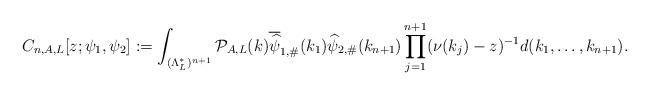
LaTeX: \begin{align*} C_{n,A,L}[z; \psi_1, \psi_2] & := \int_{(\Lambda_L^*)^{n+1}} \mathcal{P}_{A,L}(k) \overline{ \widehat{\psi}}_{1,\#}(k_1) \widehat{\psi}_{2,\#}(k_{n+1}) \prod_{j=1}^{n+1} (\nu( k_j) - z )^{-1} d (k_1, \ldots, k_{n+1} ). \end{align*}